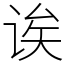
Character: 诶